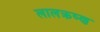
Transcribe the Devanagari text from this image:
लालक्रष्ण